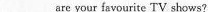
___ are your favourite TV shows ?